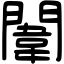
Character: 闈